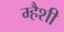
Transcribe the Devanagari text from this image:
म्हैशी